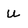
Character: U